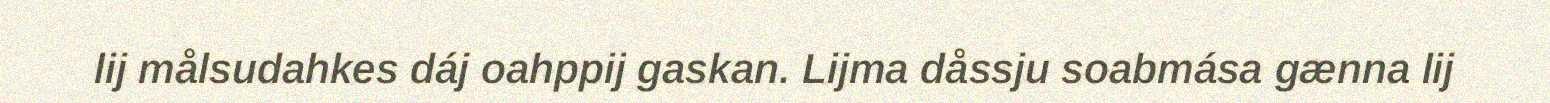
lij målsudahkes dáj oahppij gaskan. Lijma dåssju soabmása gænna lij